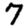
Digit: 7